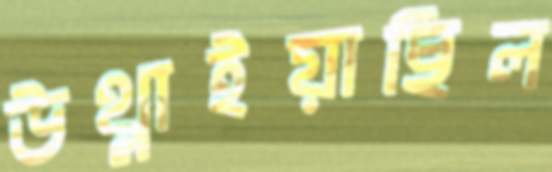
উথ্‌লাইয়াছিল